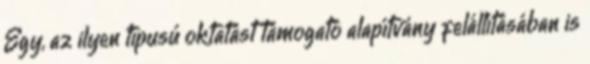
Egy, az ilyen típusú oktatást támogató alapítvány felállításában is